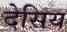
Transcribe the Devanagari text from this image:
देसिय